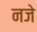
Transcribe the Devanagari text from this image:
नजे